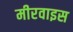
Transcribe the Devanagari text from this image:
मीरवाइस